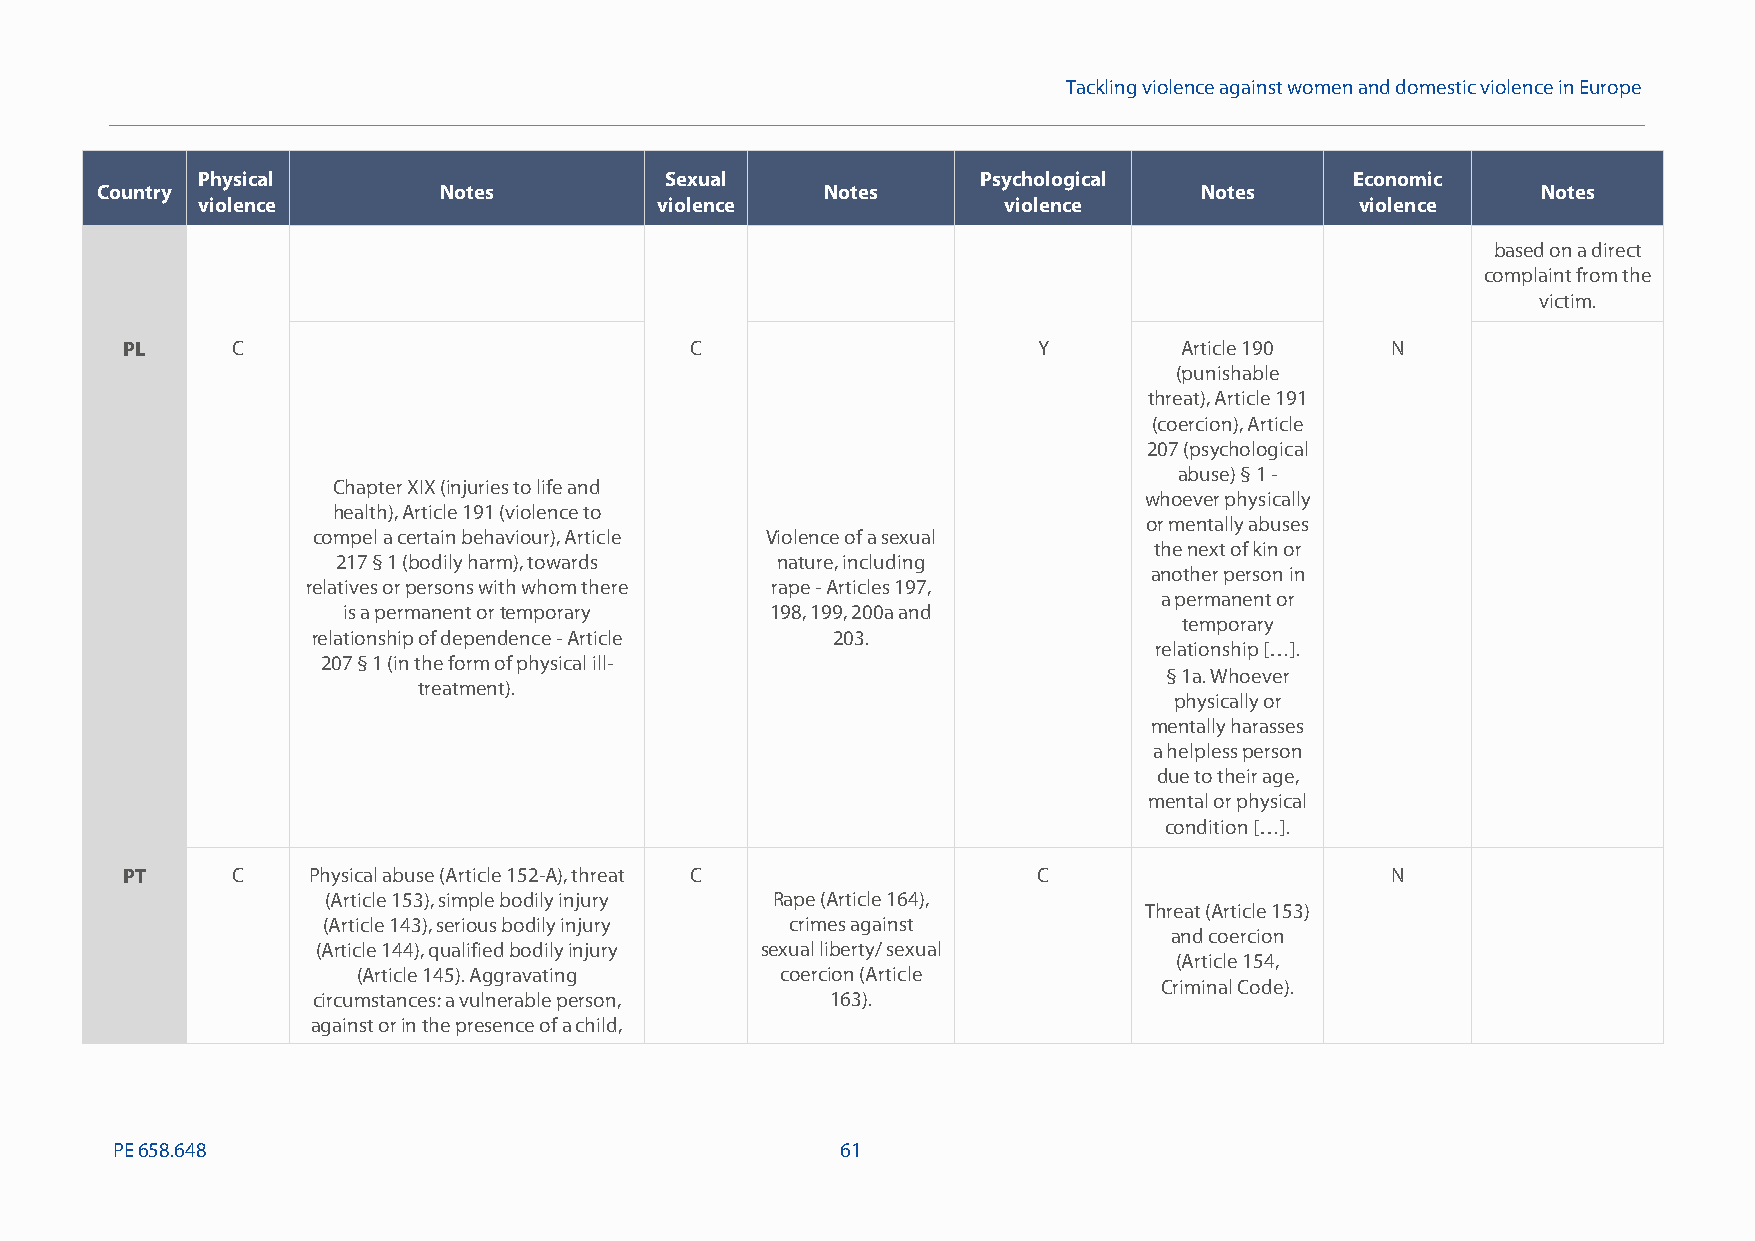
Tackling violence against women and domestic violence in Europe
 Physical                       Sexual               Psychological            Economic
 Country                Notes                     Notes                   Notes                  Notes
 violence                      violence               violence                violence
 based on a direct
 complaint from the
 victim.
 PL     C                              C                      Y        Article 190   N
 (punishable
 threat), Article 191
 (coercion), Article
 207 (psychological
 abuse) § 1-
 Chapter XIX (injuries to life and
 whoever physically
 health), Article 191 (violence to
 or mentally abuses
 compel a certain behaviour), Article Violence of a sexual
 the next of kin or
 217 § 1 (bodily harm), towards nature, including
 another person in
 relatives or persons with whom there rape-Articles 197,
 a permanent or
 is a permanent ortemporary  198, 199, 200a and
 temporary
 relationship of dependence-Article 203.
 relationship […].
 207 § 1 (in the form of physical ill-
 § 1a. Whoever
 treatment).
 physically or
 mentally harasses
 a helpless person
 due to their age,
 mental or physical
 condition […].
 PT     C    Physical abuse (Article 152-A), threat C         C                      N
 (Article 153), simple bodily injury Rape (Article 164),
 Threat (Article 153)
 (Article 143), serious bodily injury crimes against
 and coercion
 (Article 144), qualified bodily injury sexual liberty/ sexual
 (Article 154,
 (Article 145). Aggravating  coercion (Article
 Criminal Code).
 circumstances: a vulnerable person, 163).
 against or in the presence ofa child,
 PE658.648                                        61